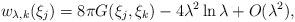
LaTeX: \begin{align*}w_{\lambda,k}(\xi_j)=8\pi G(\xi_j,\xi_k)-4\lambda^2 \ln{\lambda}+O(\lambda^2),\end{align*}